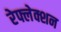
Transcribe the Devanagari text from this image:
रेफ्लेक्शन